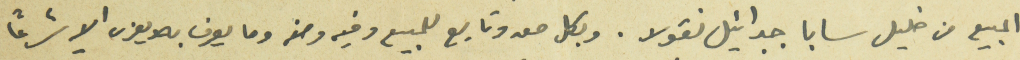
البيع من خليل سابا جبرائيل نقولا. وبكل معه وتابع للبيع وفيه ومنه وما يعرف به ويعزى اليه شرعاً